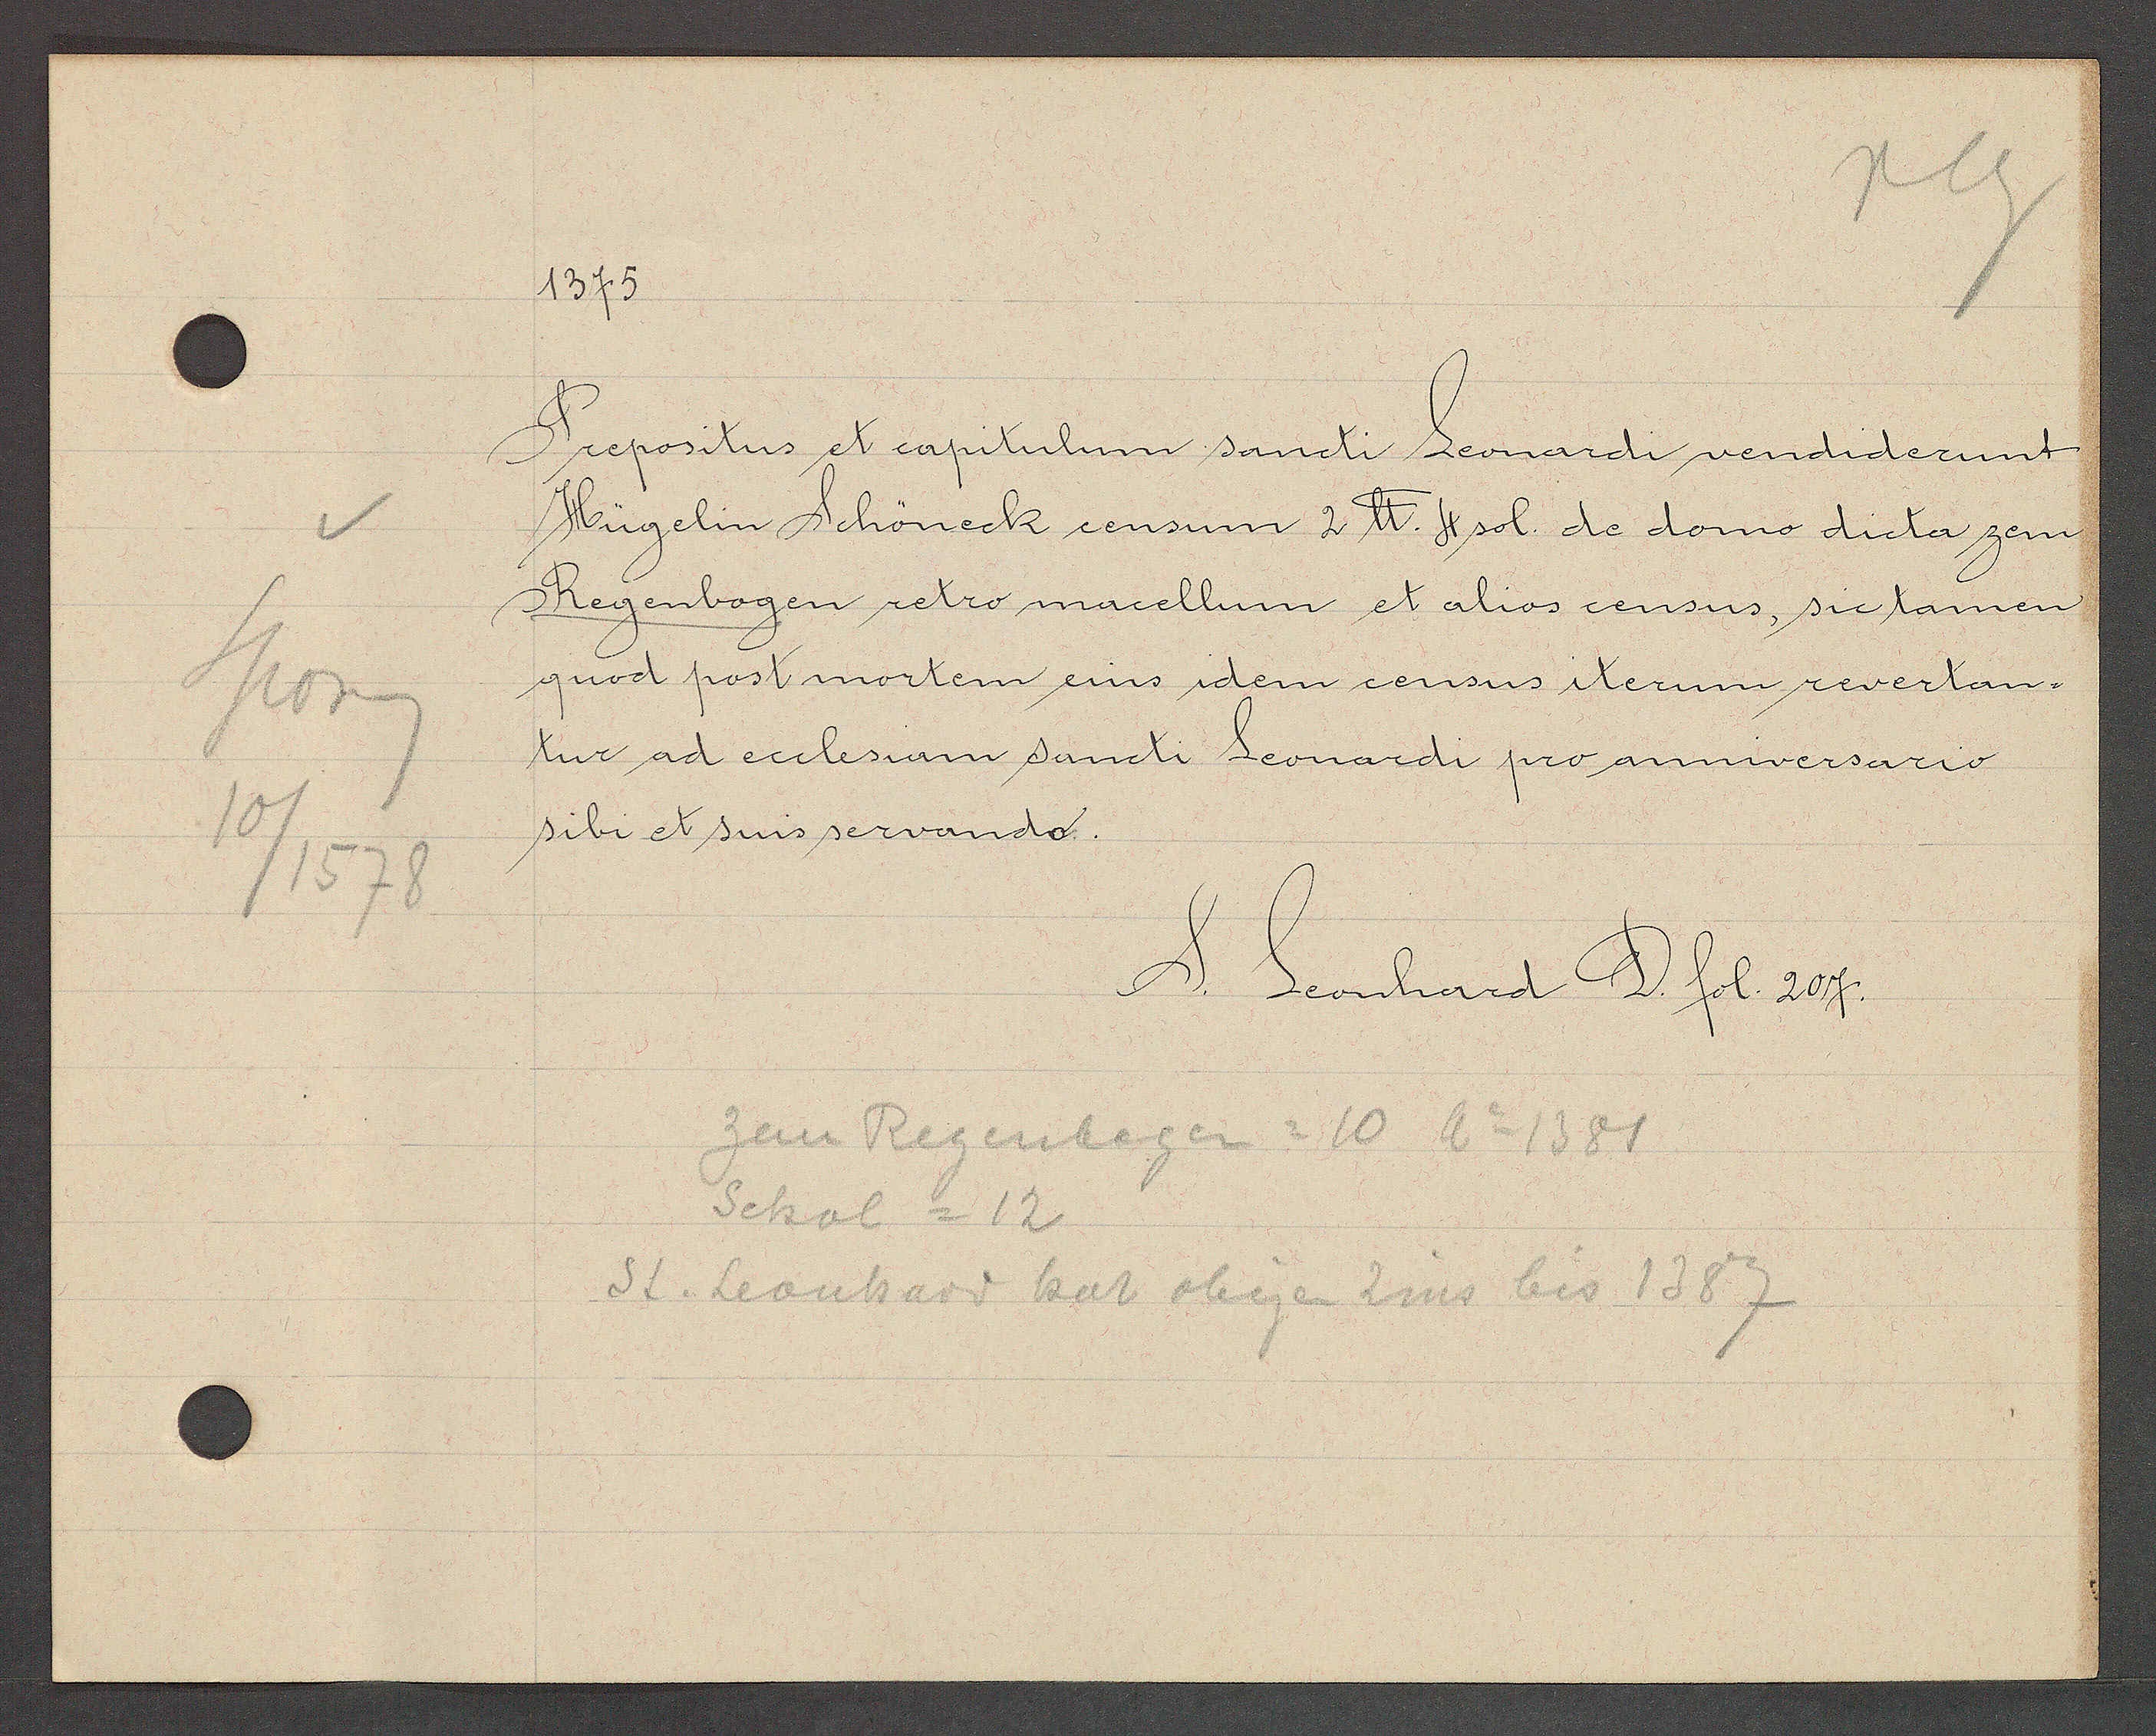
Transcript:
Sporeng
10
/1578

1375.

Prepositus et capitulum sancti Leonardi vendiderunt
Hügelin Schöneck censum 2 ℔. 4 sol. de domo dicta zem
Regenbogen retro macellum et alios census, sic tamen
quod post mortem eius idem census iterum revertan-
tur ad ecclesiam sancti Leonardi pro annversario
sibi er suis servando.

S. Leonhard D. fol. 207.

St. Leonhard hat obigen Zins bis 1387
zem Regenbogen =10 Ao 1381
Schol = 12